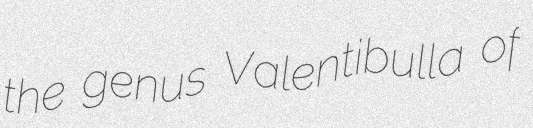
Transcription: the genus Valentibulla of